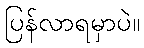
ပြန်လာရမှာပဲ။